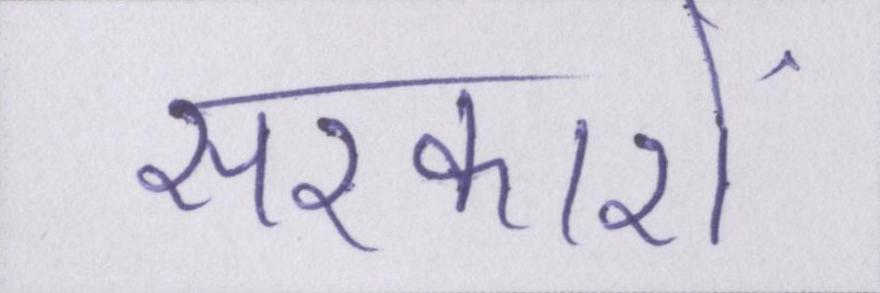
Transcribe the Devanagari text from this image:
सरकारों